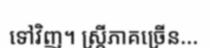
ទៅវិញ។ ស្ត្រីភាគច្រើន...